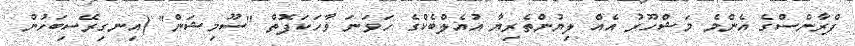
ފްރާންސްގެ އެންމެ މަޝްހޫރު އެއް ލިޔުންތެރިޔާ އުއެލްބެކްގެ ހަވަނަ ވާހަކަފޮތް "ސޫމިޝަން" (އިނގިރޭސިބަހުން